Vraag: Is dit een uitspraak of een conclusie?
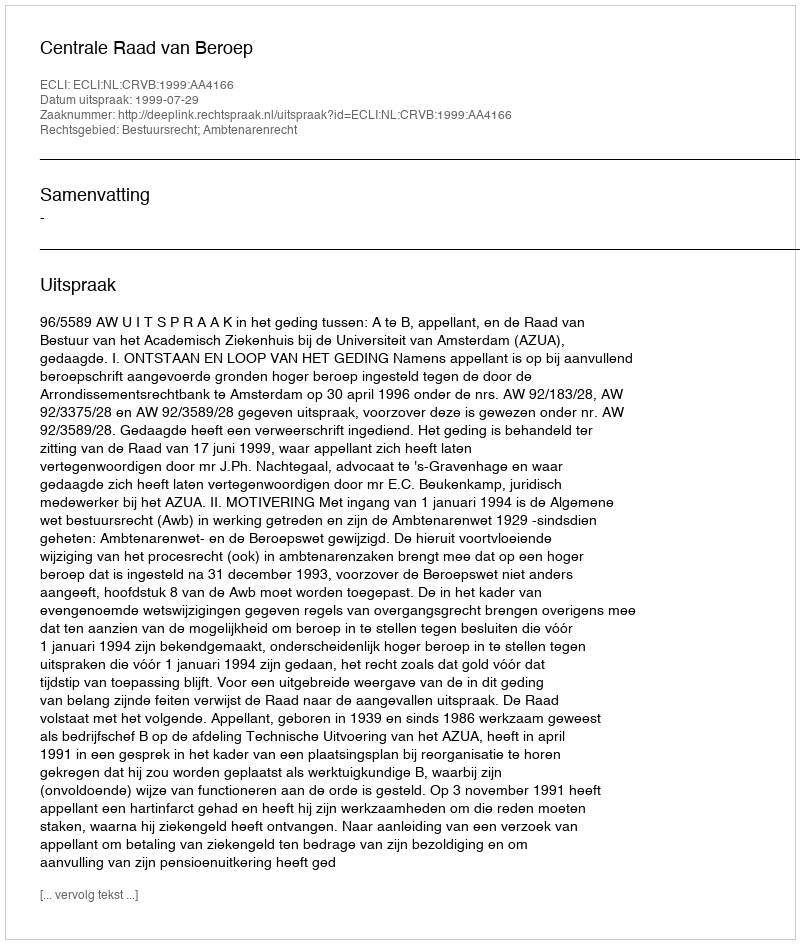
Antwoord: Uitspraak